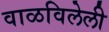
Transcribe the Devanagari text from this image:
वाळविलेली